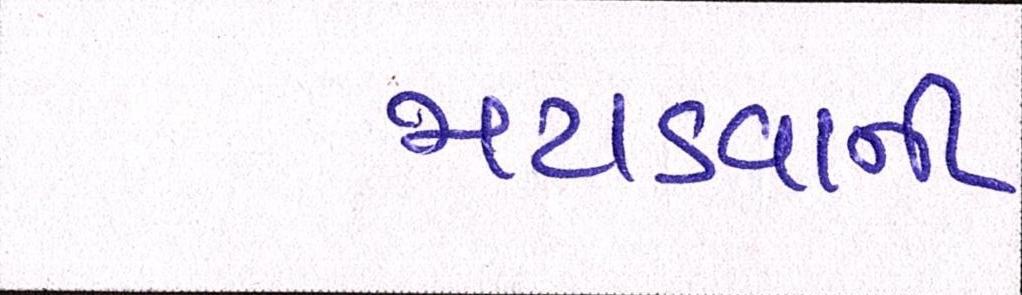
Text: મટાડવાની